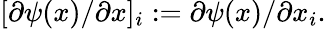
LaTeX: \lbrack\partial\psi(x)/\partial x]_{i}:=\partial\psi(x)/\partial x_{i}.